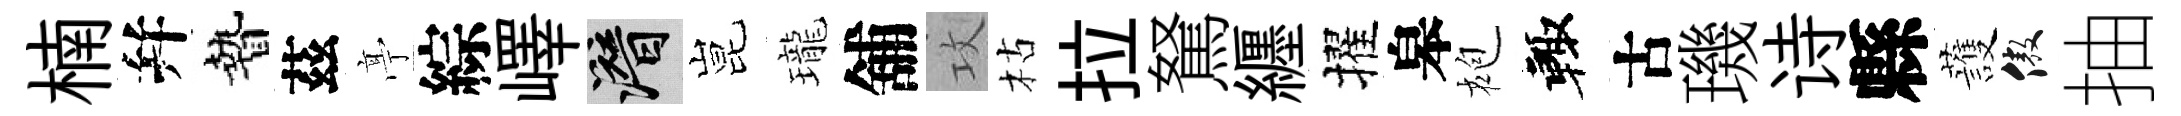
楠幷贄茲𠅘綜嶧潜昆瓏舖攻枯拉駑纒擢皋袍輙古璣诗縣䕶傲抽